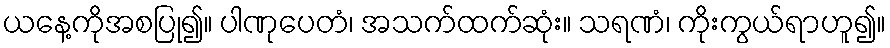
ယနေ့ကိုအစပြု၍။ ပါဏုပေတံ၊ အသက်ထက်ဆုံး။ သရဏံ၊ ကိုးကွယ်ရာဟူ၍။